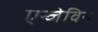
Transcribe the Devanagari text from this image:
एन्जेविन